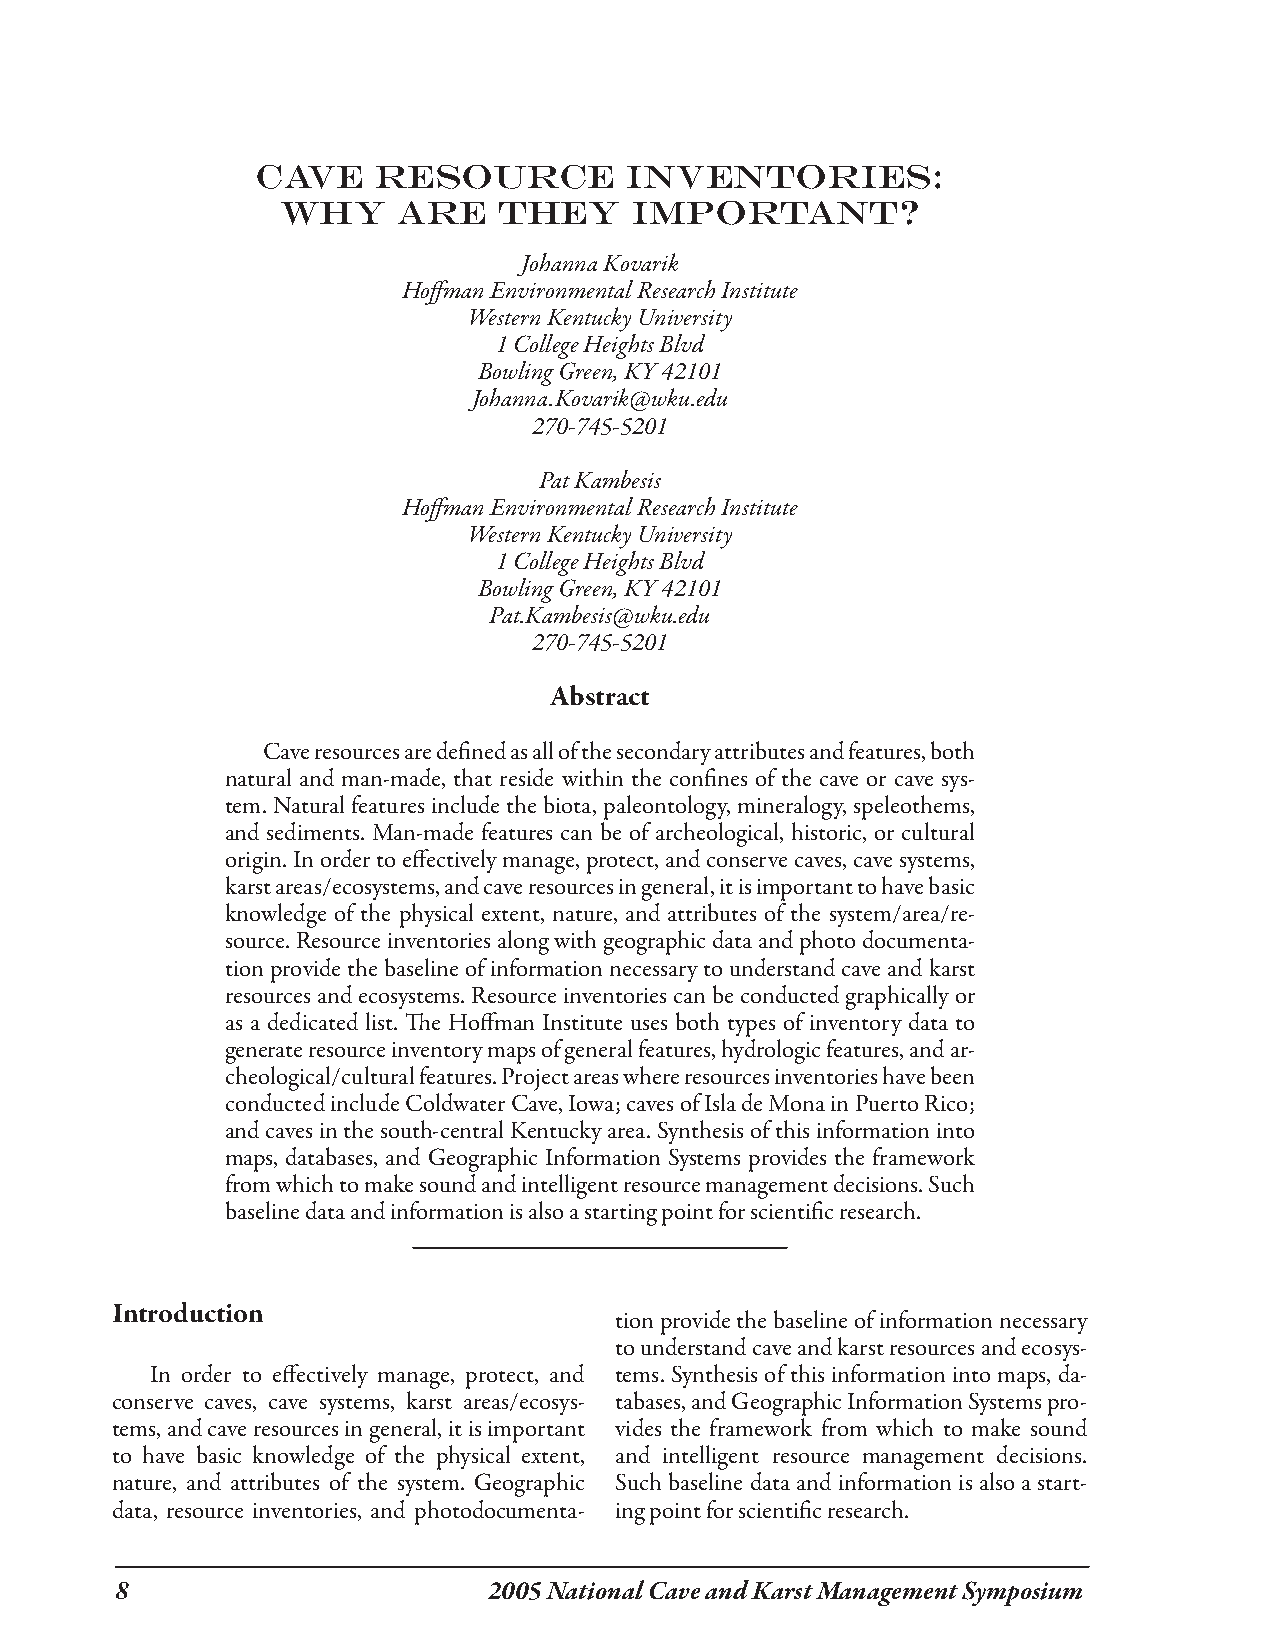
Cave    Resource        Inventories:
 Why    are    they     Important?
 Johanna Kovarik
 Hoffman Environmental Research Institute
 Western Kentucky University
 1 College Heights Blvd
 Bowling Green, KY 42101
 Johanna.Kovarik@wku.edu
 270-745-5201
 Pat Kambesis
 Hoffman Environmental Research Institute
 Western Kentucky University
 1 College Heights Blvd
 Bowling Green, KY 42101
 Pat.Kambesis@wku.edu
 270-745-5201
 Abstract
 Cave resources are defined as all of the secondary attributes and features, both
 natural and man-made, that reside within the confines of the cave or cave sys-
 tem. Natural features include the biota, paleontology, mineralogy, speleothems,
 and sediments. Man-made features can be of archeological, historic, or cultural
 origin. In order to effectively manage, protect, and conserve caves, cave systems,
 karst areas/ecosystems, and cave resources in general, it is important to have basic
 knowledge of the physical extent, nature, and attributes of the system/area/re-
 source. Resource inventories along with geographic data and photo documenta-
 tion provide the baseline of information necessary to understand cave and karst
 resources and ecosystems. Resource inventories can be conducted graphically or
 as a dedicated list. The Hoffman Institute uses both types of inventory data to
 generate resource inventory maps of general features, hydrologic features, and ar-
 cheological/cultural features. Project areas where resources inventories have been
 conducted include Coldwater Cave, Iowa; caves of Isla de Mona in Puerto Rico;
 and caves in the south-central Kentucky area. Synthesis of this information into
 maps, databases, and Geographic Information Systems provides the framework
 from which to make sound and intelligent resource management decisions. Such
 baseline data and information is also a starting point for scientific research.
 Introduction
 tion provide the baseline of information necessary
 to understand cave and karst resources and ecosys-
 In order to effectively manage, protect, and tems. Synthesis of this information into maps, da-
 conserve caves, cave systems, karst areas/ecosys- tabases, and Geographic Information Systems pro-
 tems, and cave resources in general, it is important vides the framework from which to make sound
 to have basic knowledge of the physical extent, and intelligent resource management decisions.
 nature, and attributes of the system. Geographic Such baseline data and information is also a start-
 data, resource inventories, and photodocumenta- ing point for scientific research.
                        2005 National Cave and Karst Management Symposium